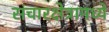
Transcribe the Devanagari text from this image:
संचारक्षेत्रामध्ये